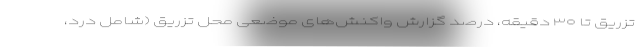
تزریق تا ۳۰ دقیقه، درصد گزارش واکنش‌های موضعی محل تزریق (شامل درد،